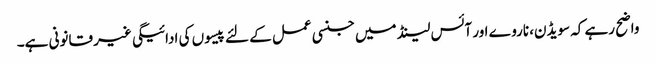
واضح رہے کہ سویڈن، ناروے اور آئس لینڈ میں جنسی عمل کے لئے پیسوں کی ادائیگی غیر قانونی ہے۔